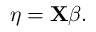
\eta = \mathbf { X } { \boldsymbol { \beta } } .